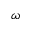
\omega